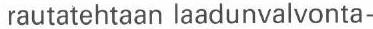
 rautatehtaan laadunvalvonta-